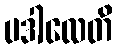
ပဒါလေတိ